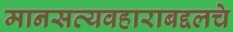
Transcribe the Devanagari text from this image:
मानसव्यवहाराबद्दलचे